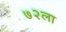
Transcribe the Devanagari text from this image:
७२ला